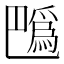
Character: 𢁍